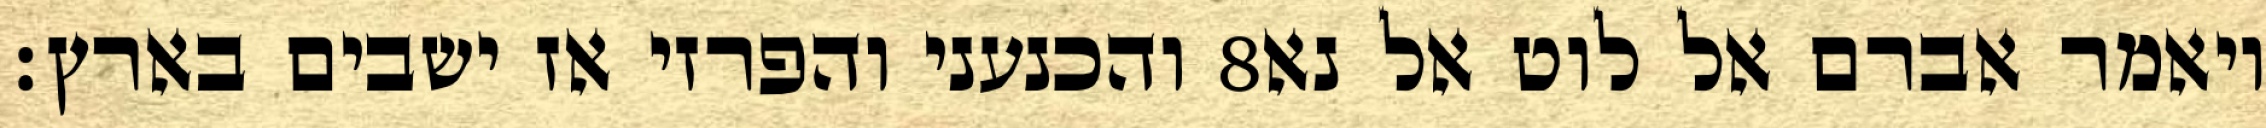
והכנעני והפרזי אז ישבים בארץ׃ ‎8‏ ויאמר אברם אל לוט אל נא